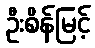
ဦးစိန်မြင့်